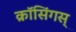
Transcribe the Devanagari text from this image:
क्रॉसिंगस्